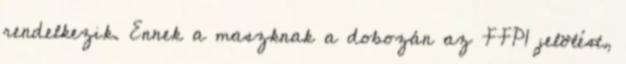
rendelkezik. Ennek a maszknak a dobozán az FFP1 jelölést,